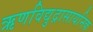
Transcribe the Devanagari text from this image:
ऋणविद्युद्रासायनिक